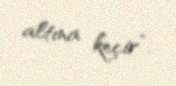
altına keçir”.